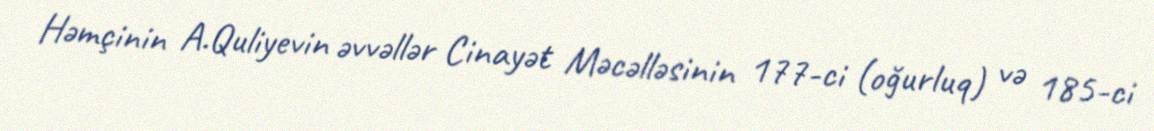
Həmçinin A.Quliyevin əvvəllər Cinayət Məcəlləsinin 177-ci (oğurluq) və 185-ci